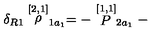
\delta _ { R 1 } \stackrel { [ 2 , 1 ] } { \rho } _ { 1 a _ { 1 } } = - \stackrel { [ 1 , 1 ] } { P } _ { 2 a _ { 1 } } -